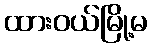
ထားဝယ်မြို့မ